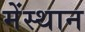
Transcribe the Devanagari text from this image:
मेंस्थान